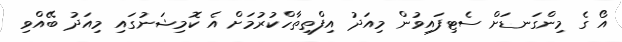
އޯ ގެ މިންގަނޑަށް ސެޓިފައިވުން މިއަދު އިފްތިތާހްކުރުމަށް އެ ކޮމިޝަނުގައި މިއަދު ބޭއްވި